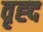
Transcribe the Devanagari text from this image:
वृह्द